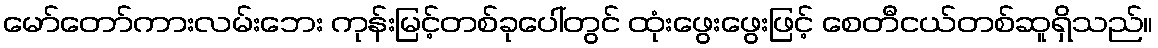
မော်တော်ကားလမ်းဘေး ကုန်းမြင့်တစ်ခုပေါ်တွင် ထုံးဖွေးဖွေးဖြင့် စေတီငယ်တစ်ဆူရှိသည်။